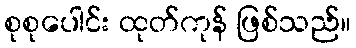
စုစုပေါင်း ထုတ်ကုန် ဖြစ်သည်။